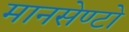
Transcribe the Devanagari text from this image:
मानसेण्टो